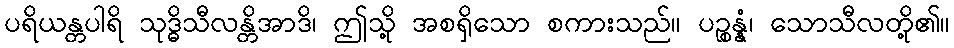
ပရိယန္တပါရိ သုဒ္ဓိသီလန္တိအာဒိ၊ ဤသို့ အစရှိသော စကားသည်။ ပဉ္စန္နံ၊ သောသီလတို့၏။